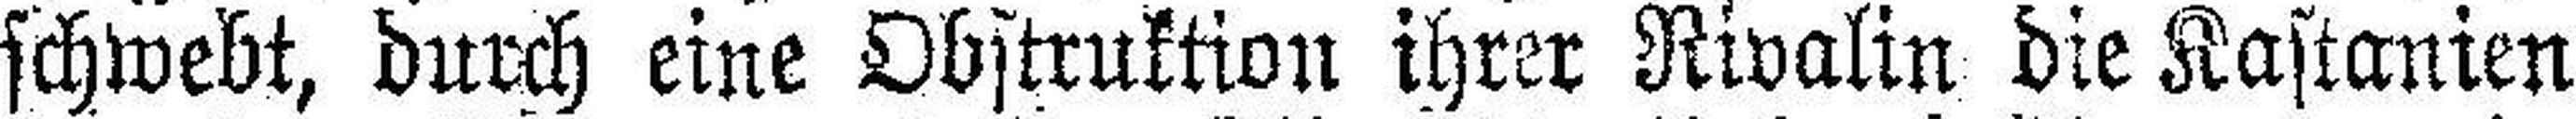
schwebt, durch eine Obstruktion ihrer Rivalin die Kastanien